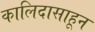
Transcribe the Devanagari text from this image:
कालिदासाहून